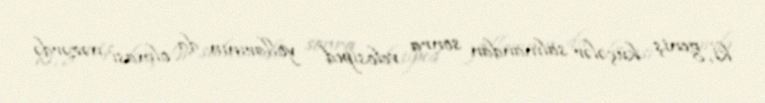
ki, geniş küçələr salınandan sonra velosiped yollarının da olması nəzərdə